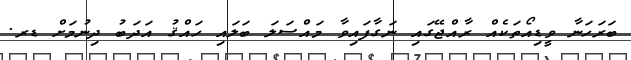
ބަރަހަނާ ވީޑިއޯތަކެއް ރާއްޖޭގައި ނަގާފައިވާ މައްސަލަ ބަލައި ހައްޤު އަދަބު ދިނުމަށް ޑރ.